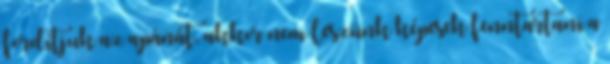
fordítjuk az apánát, akkor nem leszünk képesek fenntartani a